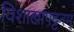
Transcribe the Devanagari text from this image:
विशाखापट्टनम्